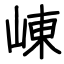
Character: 崠